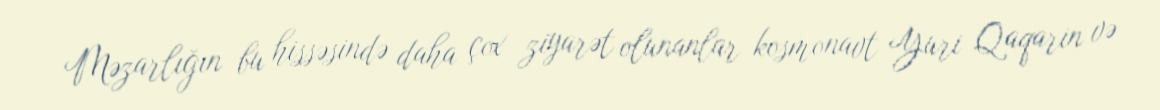
Məzarlığın bu hissəsində daha çox ziyarət olunanlar kosmonavt Yuri Qaqarin və